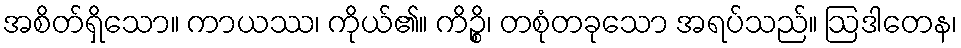
အစိတ်ရှိသော။ ကာယဿ၊ ကိုယ်၏။ ကိဉ္စိ၊ တစုံတခုသော အရပ်သည်။ ဩဒါတေန၊